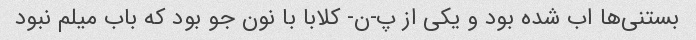
بستنى‌ها اب شده بود و یکى از پ-ن- کلابا با نون جو بود که باب میلم نبود